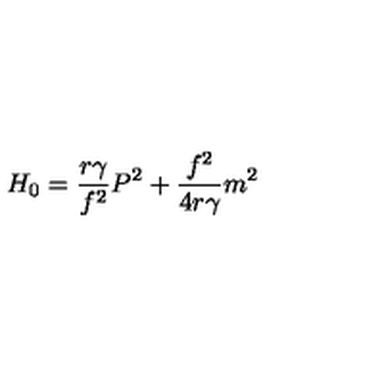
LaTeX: H _ { 0 } = \frac { r { \gamma } } { f ^ { 2 } } P ^ { 2 } + \frac { f ^ { 2 } } { 4 r { \gamma } } m ^ { 2 }